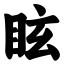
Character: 眩